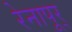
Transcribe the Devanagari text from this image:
रेनापूर्